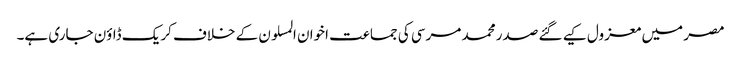
مصر میں معزول کیے گئے صدر محمد مرسی کی جماعت اخوان المسلون کے خلاف کریک ڈاؤن جاری ہے۔